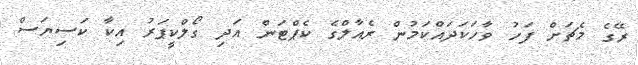
ރޭގެ މެޗަށް ފަހު ވާހަކަދައްކަމުން ރެއާލްގެ ކެޕްޓަން އަދި ގޯލްކީޕަރު އިކާ ކަސިޔަސް